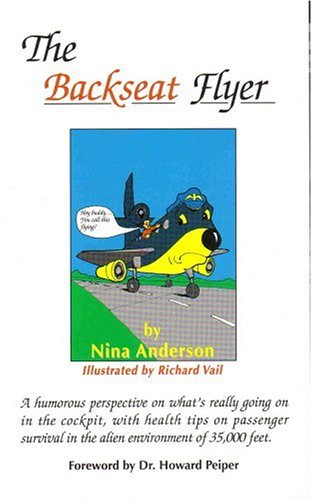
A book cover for The Backseat Flyer; Nina Anderson; Travel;